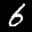
Label: 6